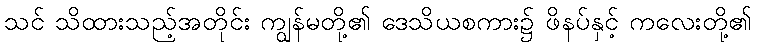
သင် သိထားသည့်အတိုင်း ကျွန်မတို့၏ ဒေသိယစကား၌ ဖိနပ်နှင့် ကလေးတို့၏